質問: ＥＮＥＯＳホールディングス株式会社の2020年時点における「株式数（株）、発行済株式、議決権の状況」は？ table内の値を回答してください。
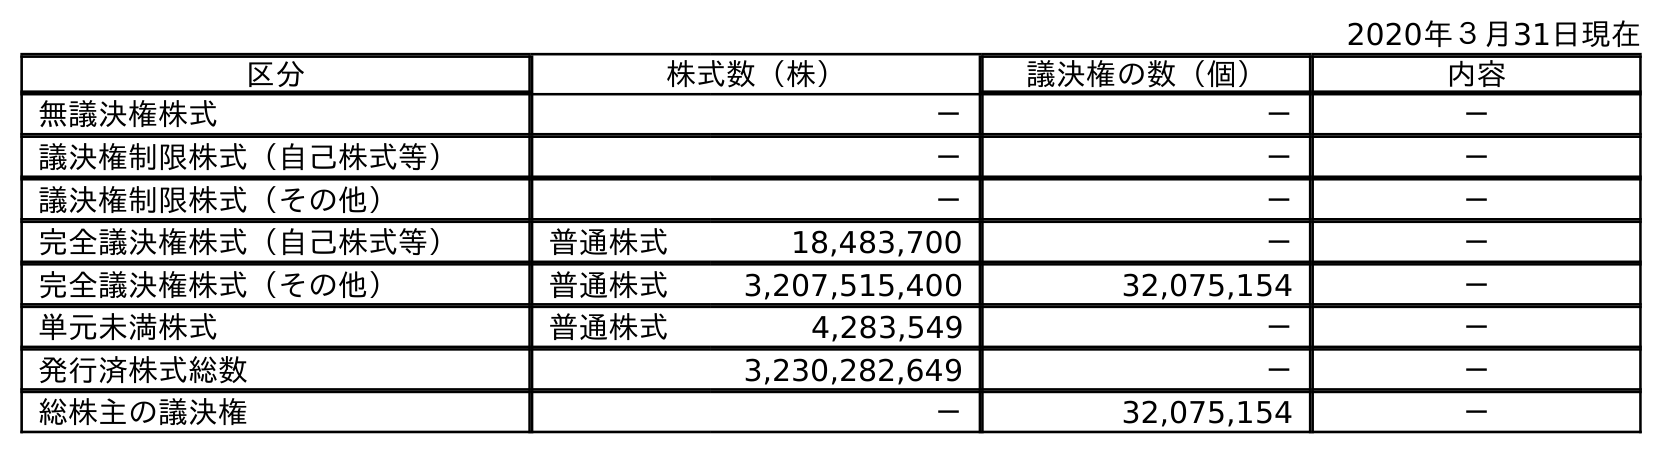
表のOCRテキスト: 2020年３月31日現在 区分 株式数（株） 議決権の数（個） 内容 無議決権株式 － － － 議決権制限株式（自己株式等） － － － 議決権制限株式（その他） － － － 完全議決権株式（自己株式等） 普通株式 18,483,700 － － 完全議決権株式（その他） 普通株式 3,207,515,400 32,075,154 － 単元未満株式 普通株式 4,283,549 － － 発行済株式総数 3,230,282,649 － － 総株主の議決権 － 32,075,154 －
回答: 3,230,282,649